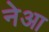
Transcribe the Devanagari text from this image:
नेआ